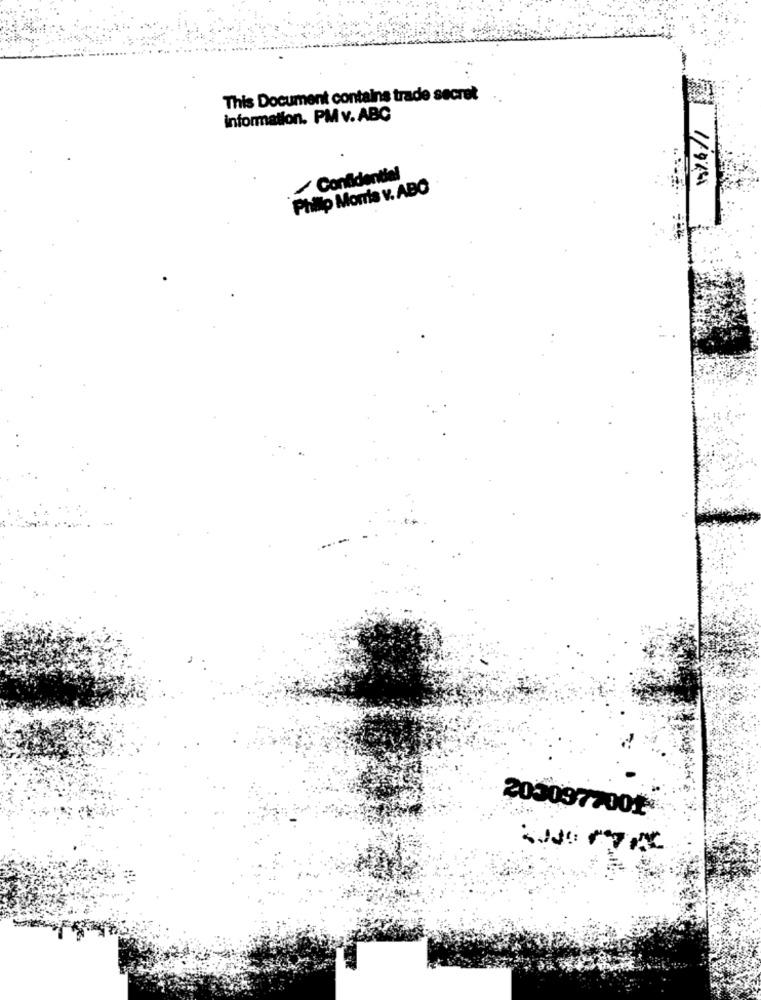
This Document contains trade secret
information. PM v. ABC
Confidential
1/94
Phillip Morris v. ABO
205097700₺